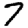
Digit: 7